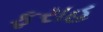
ફરાહ